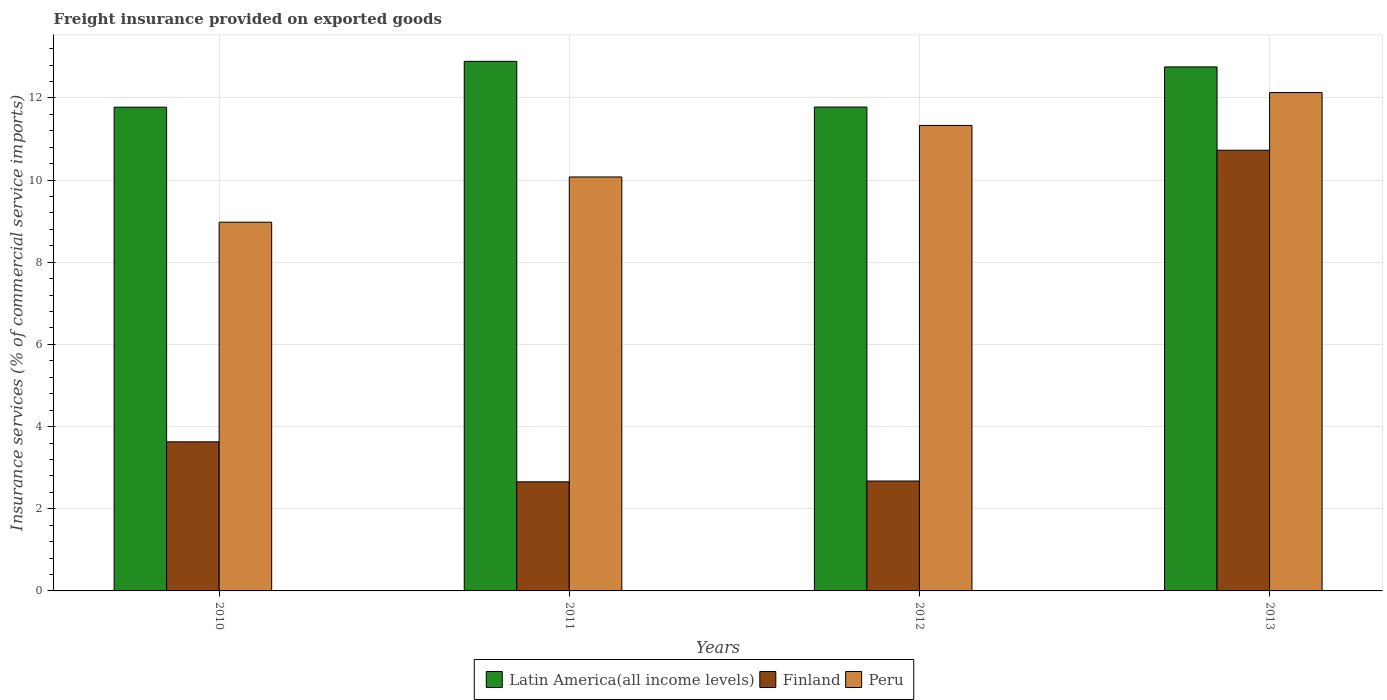
| Years | Latin America(all income levels) | Finland | Peru |
 | --- | --- | --- | --- |
 | 2010 | 11.8 | 3.63 | 8.98 |
 | 2011 | 12.9 | 2.66 | 10.1 |
 | 2012 | 11.8 | 2.68 | 11.3 |
 | 2013 | 12.8 | 10.7 | 12.1 |